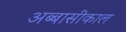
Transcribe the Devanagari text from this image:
अब्बासीकाल